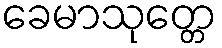
ခေမာသုတ္တေ